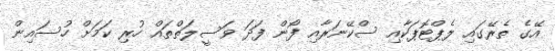
އޭގެ ތެރޭގައި ލެޕްޓޮޕަކާއި ސްކޭނަރާއި ފޯން ފަދަ ވަސީލަތްތައް ހުރި ކަމަށް ހުސައިން